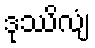
ဒုဿိလျံ